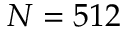
N = 5 1 2